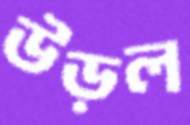
উড়ল